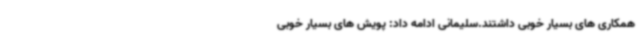
همکاری های بسیار خوبی داشتند.سلیمانی ادامه داد: پویش های بسیار خوبی